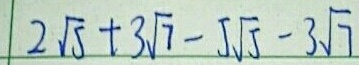
2 \sqrt { 5 } + 3 \sqrt { 7 } - 5 \sqrt { 5 } - 3 \sqrt { 7 }